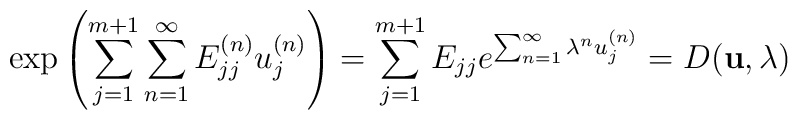
\exp\left({\sum_{j=1}^{m+1} \sum_{n=1}^{\infty} E^{(n)}_{jj}u^{(n)}_j}\right)=\sum_{j=1}^{m+1} E_{jj} e^{\sum_{n=1}^{\infty} \lambda^{n} u^{(n)}_j}= D ({\bf u}, \lambda)